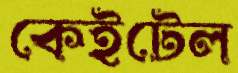
কেইটেল